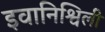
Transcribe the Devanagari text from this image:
इवानिश्विली